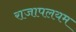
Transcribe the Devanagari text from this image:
राजापलयम